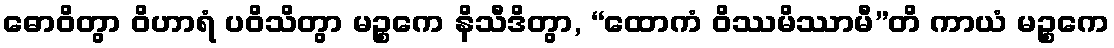
ဓောဝိတွာ ဝိဟာရံ ပဝိသိတွာ မဉ္စကေ နိသီဒိတွာ, “ထောကံ ဝိဿမိဿာမီ”တိ ကာယံ မဉ္စကေ